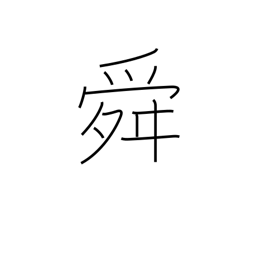
Meaning: rose of Sharon